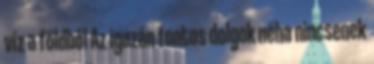
víz a földből Az igazán fontos dolgok néha nincsenek